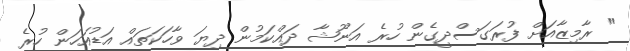
" ރާމިޒާއަށް ފުރަގަސްދީގެން ހުރެ އަނޫޝާ ދައްކަމުން ދިޔަ ވާހަކަތައް އަޑުއަހަން ހުރެ